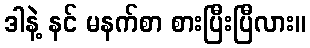
ဒါနဲ့ နင် မနက်စာ စားပြီးပြီလား။